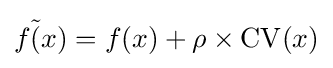
f{\tilde {(}}x)=f(x)+\rho \times \mathrm {CV} (x)